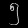
Digit: ၅